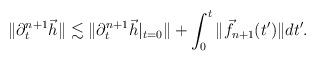
LaTeX: \begin{align*}\|\partial_t^{n+1}\vec{h}\|\lesssim\|\partial_t^{n+1}\vec{h}|_{t=0}\|+\int_0^t\|\vec{f}_{n+1}(t')\|dt'.\end{align*}